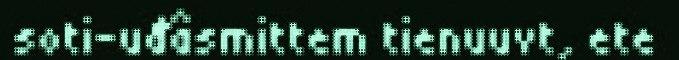
soti-uđâsmittem tienuuvt, ete